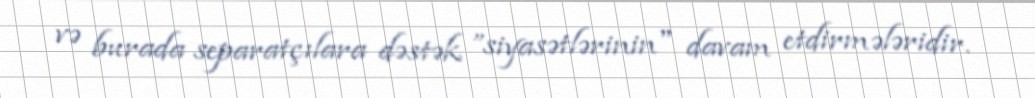
və burada separatçılara dəstək ”siyasətlərinin" davam etdirmələridir.